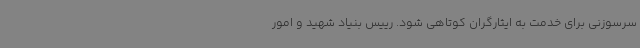
سرسوزنی برای خدمت به ایثارگران کوتاهی شود. رییس بنیاد شهید و امور